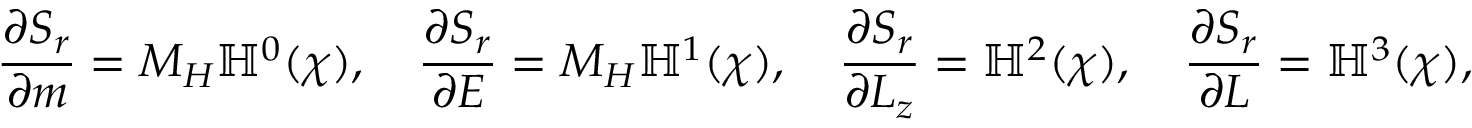
\frac { \partial S _ { r } } { \partial m } = M _ { H } \mathbb { H } ^ { 0 } ( \chi ) , \quad \frac { \partial S _ { r } } { \partial E } = M _ { H } \mathbb { H } ^ { 1 } ( \chi ) , \quad \frac { \partial S _ { r } } { \partial L _ { z } } = \mathbb { H } ^ { 2 } ( \chi ) , \quad \frac { \partial S _ { r } } { \partial L } = \mathbb { H } ^ { 3 } ( \chi ) ,